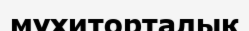
мұхиторталық